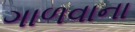
ગાળવાના